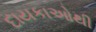
દાયકાઓથી